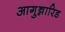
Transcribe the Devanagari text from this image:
आगुन्नारिड